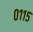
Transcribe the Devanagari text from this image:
०११५